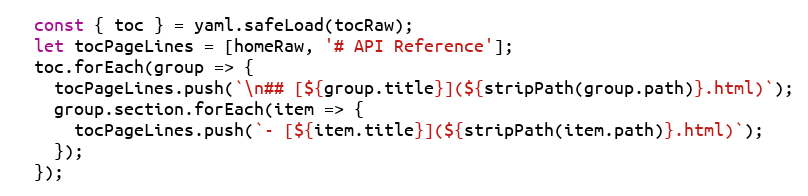
Language: JavaScript
  const { toc } = yaml.safeLoad(tocRaw);
  let tocPageLines = [homeRaw, '# API Reference'];
  toc.forEach(group => {
    tocPageLines.push(`\n## [${group.title}](${stripPath(group.path)}.html)`);
    group.section.forEach(item => {
      tocPageLines.push(`- [${item.title}](${stripPath(item.path)}.html)`);
    });
  });